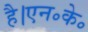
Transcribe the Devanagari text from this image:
है।एन॰के॰